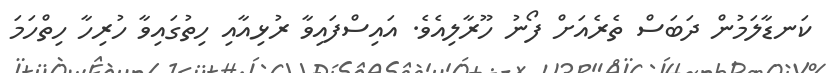
ކަނޑާލަމުން ދަބަސް ތެރެއަށް ފޯނު ހޫރާލިއެވެ. އައިސްފައިވާ ރުޅިއާއި ހިތުގައިވާ ހުރިހާ ހިތްހަމަ